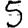
Digit: 5